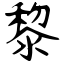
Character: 黎